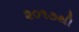
૨૦૧૭થી